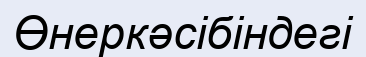
Өнеркәсібіндегі